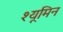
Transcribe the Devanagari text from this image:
श्यूमिन